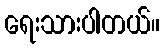
ရေးသားပါတယ်။